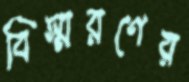
বিস্মরণের